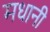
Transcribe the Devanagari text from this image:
मधानी